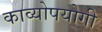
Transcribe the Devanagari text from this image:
काव्योपयोगी